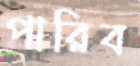
পারিব